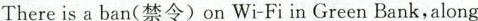
There is a ban(禁令)on Wi-Fi in Green Bank,along